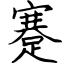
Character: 蹇